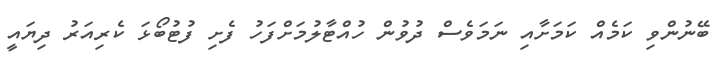
ބޭނުންވި ކަމެއް ކަމަށާއި ނަމަވެސް ދުވުން ހުއްޓާލުމަށްފަހު ފެށި ފުޓުބޯޅަ ކެރިއަރު ދިޔައީ